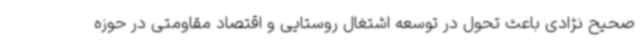
صحیح نژادی باعث تحول در توسعه اشتغال روستایی و اقتصاد مقاومتی در حوزه